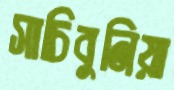
সাচিবুনিয়া